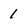
Character: 1